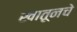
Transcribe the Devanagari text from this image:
खातूनचे